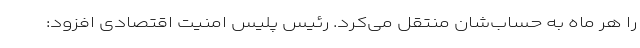
را هر ماه به حساب‌شان منتقل می‌کرد. رئیس پلیس امنیت اقتصادی افزود: